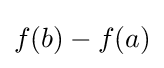
f(b)-f(a)